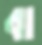
বা